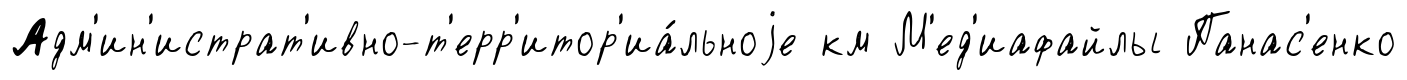
Адм'ин'истрат'ивно-т'ерр'итор'иа́льноjе км М'ед'иафайлы Панас'енко